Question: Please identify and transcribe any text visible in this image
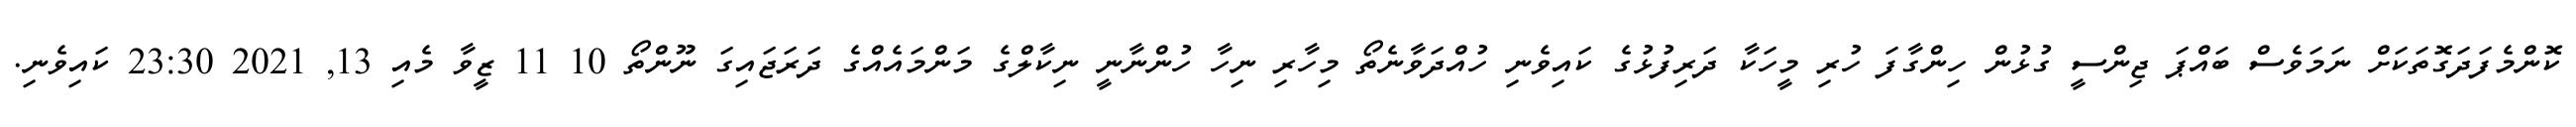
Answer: ކޮންމެފަދަގޮތަކަށް ނަމަވެސް ބައްޕަ ޖިންސީ ގުޅުން ހިންގާފަ ހުރި މީހަކާ ދަރިފުޅުގެ ކައިވެނި ހުއްދަވާނެތޯ މިހާރި ނިހާ ހުންނާނީ ނިކާލްގެ މަންމައެއްގެ ދަރަޖައިގަ ނޫންތޯ 10 11 ޒީވާ މެއި 13, 2021 23:30 ކައިވެނި.